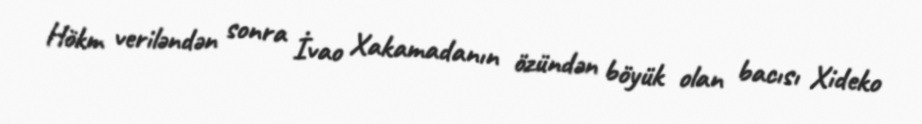
Hökm veriləndən sonra İvao Xakamadanın özündən böyük olan bacısı Xideko